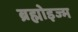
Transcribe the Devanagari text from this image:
ब्रह्मोइज्म